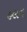
હલન